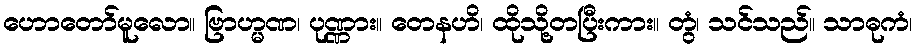
ဟောတော်မူလော။ ဗြာဟ္မဏ၊ ပုဏ္ဏား။ တေနဟိ၊ ထိုသို့တပြီးကား။ တွံ၊ သင်သည်။ သာဓုကံ၊